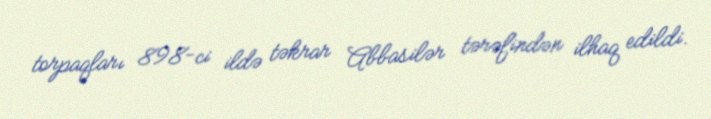
torpaqları 898-ci ildə təkrar Abbasilər tərəfindən ilhaq edildi.